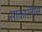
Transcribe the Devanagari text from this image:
साकारतील